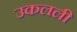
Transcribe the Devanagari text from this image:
उकलली